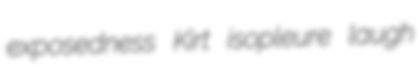
exposedness Kirt isopleure laugh